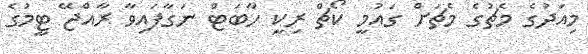
މިއަދުގެ މެޗުގެ މެޗަށް ގައުމީ ކޯޗް ރިކީ ހާބަޓް ނަގާފައިވާ ރާއްޖޭ ޓީމުގެ